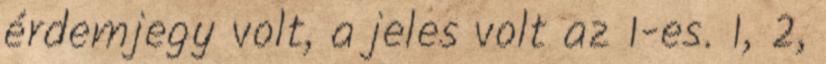
érdemjegy volt, a jeles volt az 1-es. 1, 2,